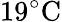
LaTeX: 19\mathrm{{^\circ C}}